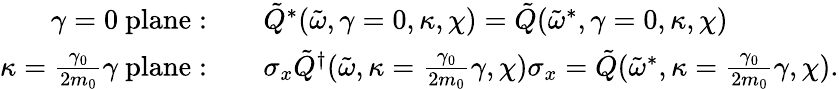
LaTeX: \begin{array}{rl}{\gamma=0\ \mathrm{plane:}}&{\quad\tilde{Q}^{*}(\tilde{\omega},\gamma=0,\kappa,\chi)=\tilde{Q}(\tilde{\omega}^{*},\gamma=0,\kappa,\chi)}\\ {\kappa=\frac{\gamma_{0}}{2m_{0}}\gamma\ \mathrm{plane:}}&{\quad\sigma_{x}\tilde{Q}^{\dagger}(\tilde{\omega},\kappa=\frac{\gamma_{0}}{2m_{0}}\gamma,\chi)\sigma_{x}=\tilde{Q}(\tilde{\omega}^{*},\kappa=\frac{\gamma_{0}}{2m_{0}}\gamma,\chi).}\end{array}